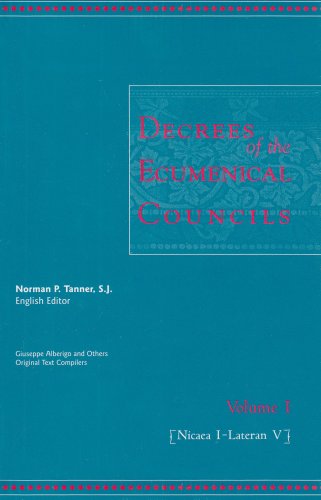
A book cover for Decrees of the Ecumenical Councils 2 Volume Set; Christian Books & Bibles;